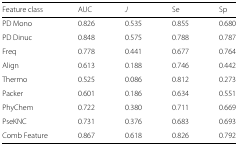
<table><thead><tr><td><b>Feature class</b></td><td><b>AUC</b></td><td><b><i>J</i></b></td><td><b>Se</b></td><td><b>Sp</b></td></tr></thead><tbody><tr><td>PD Mono</td><td>0.826</td><td>0.535</td><td>0.855</td><td>0.680</td></tr><tr><td>PD Dinuc</td><td>0.848</td><td>0.575</td><td>0.788</td><td>0.787</td></tr><tr><td>Freq</td><td>0.778</td><td>0.441</td><td>0.677</td><td>0.764</td></tr><tr><td>Align</td><td>0.613</td><td>0.188</td><td>0.746</td><td>0.442</td></tr><tr><td>Thermo</td><td>0.525</td><td>0.086</td><td>0.812</td><td>0.273</td></tr><tr><td>Packer</td><td>0.601</td><td>0.186</td><td>0.634</td><td>0.551</td></tr><tr><td>PhyChem</td><td>0.722</td><td>0.380</td><td>0.711</td><td>0.669</td></tr><tr><td>PseKNC</td><td>0.731</td><td>0.376</td><td>0.683</td><td>0.693</td></tr><tr><td>Comb Feature</td><td>0.867</td><td>0.618</td><td>0.826</td><td>0.792</td></tr></tbody></table>